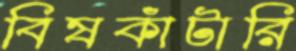
বিষকাঁটারি